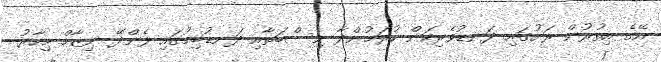
އޭގެ އިތުރުން ރަށުގައި ދަނޑުވެރިކަން ކުރަމުންދާ ނިސްބަތާއި ދަނޑުބިމުގައި ފެންދޭ ނިޒާމް މިހާރު